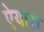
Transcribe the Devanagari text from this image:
ऐयारा